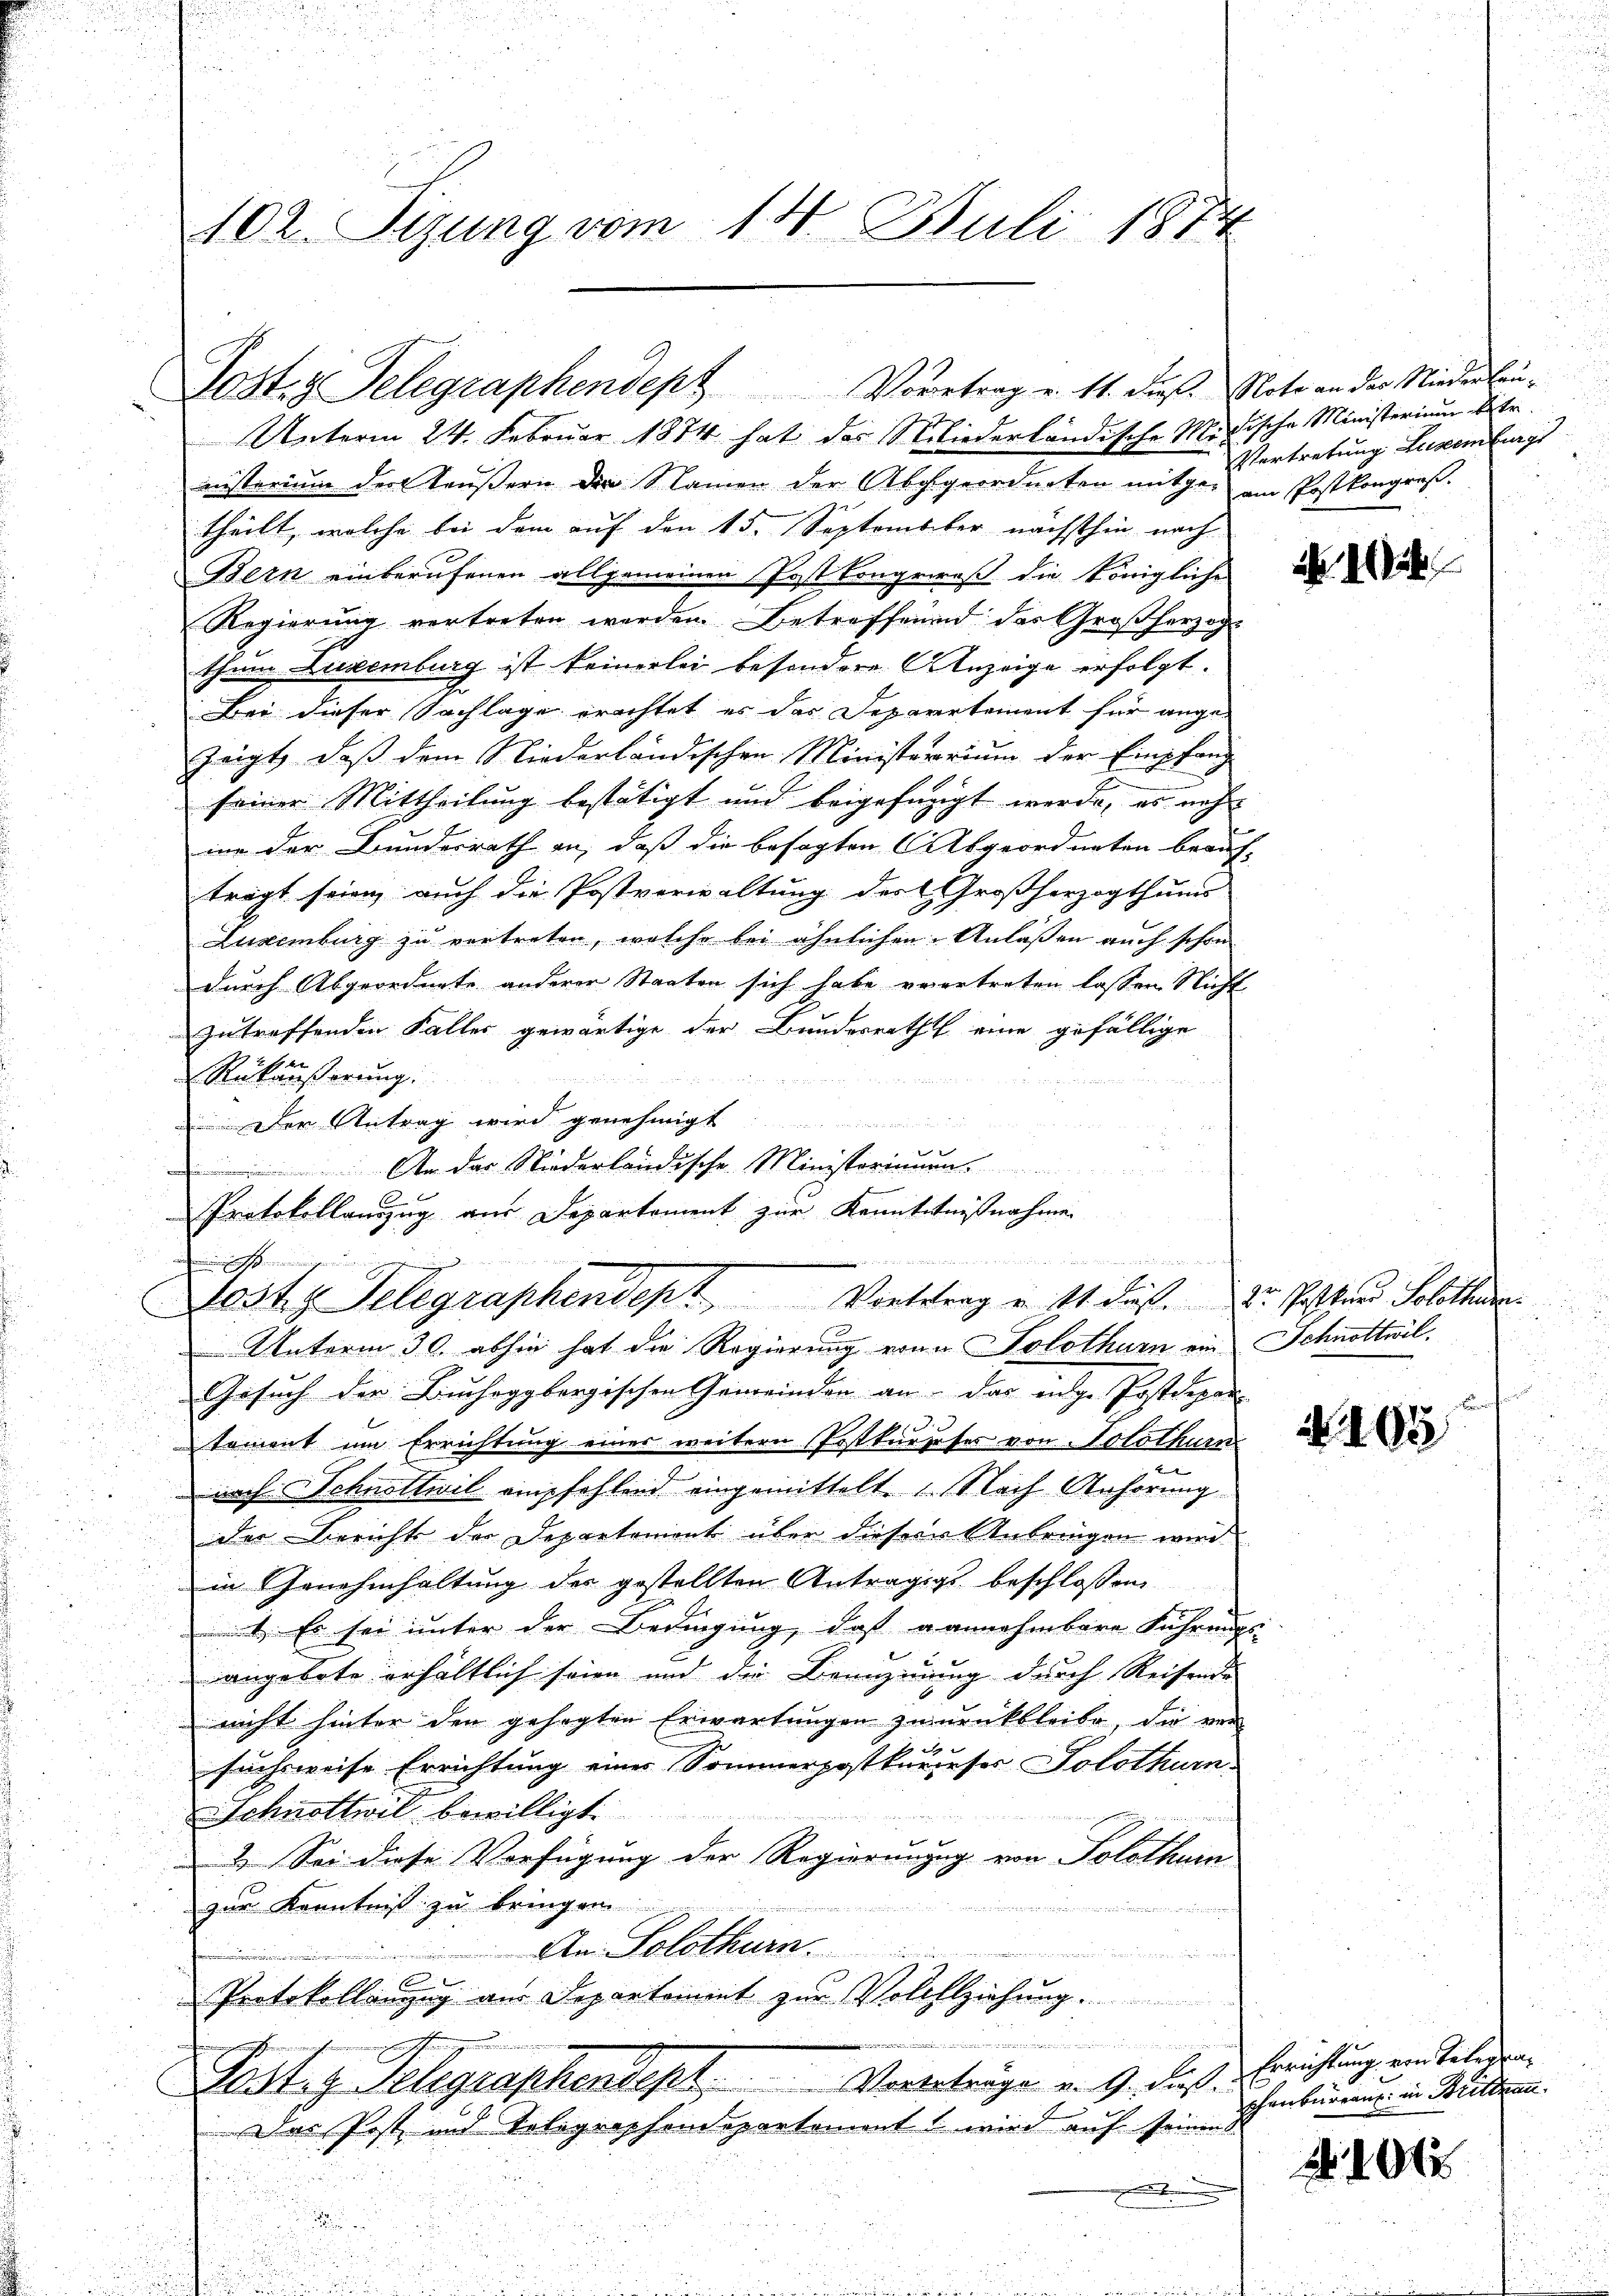
102. Sizung vom 14. Juli 1874

Unterm 24. Februar 1874 hat des Sliederländische Minische Ministerium betr.
nisterium der Käußern die Namen der Abgeordneten mitgen am Postkongreß.
theilt, welche bei dem auf den 15. September nächsthin nach
Bern einberufenen allgemeinen Post Kongreß die Königliche
Regierung vertreten werden. Betreffend des Großherzog
thum Luxenburg ist keinerlei besondere Anzeige erfolgt.
Bei dieser Sachlage erachtet es das Departement für angezeigt, daß dem Niederländischen Ministerorium der Empfang
seiner Mittheilung bestätigt und beigefügigt werde, es nach
ion der Bundesrath an, daß die besagten Abgeordneten beaufträgt seien, auch die Postverwaltung des Großherzogthums
Luxenburg zu vertreten, welche bei ähnlichen Anlaßen auch schon
durch Abgeordnete anderer Staaten sich habe verertreten lassen Nicht
zutreffenden Faller gewärtige der Bundesrath eine gefällige
Rükäußerung.

Der Antrag wird genehmigt

e
An das Niederländische Ministeriumm.
Protokollauszug aus Departement zur Kenntntnißnahme
g
Jost Telegraphendept Vortreng u. 11. dies Dr. Pestand Solothur
Unterm 30. abhin hat die Regierung von Solothurn ein Schnottwil
Gesuch der Bucheggbergischen Gemeinden an das eige Postdepar¬
Die
tement um Errichtung einer weitern Postkurzeser von Solothurn
nach Schnottwil empfehlend eingemittelt. Nach Anhörung
der Bericht der Departement über dieserer Anbringen wird.
in Genehmhaltung des gestellten Antragigs beschlossen
1. Es sei unter der Bedingung, daß gannehmbare Führungs-
angebote erhältlich seien und die Benehmung durch Reisende
nicht hinter den gesagten Erwartungen zurückbleibe, die ver
suchsweise Errichtung eines Sommerpostkurieser Solothurn.
Schnottwil bewilligt.
1. Sei diese Verfügung der Regierungg von Solothur
zur Kenntniß zu bringen.
inde einen in eine
e
An Solothurn.
.

x
Protokollenzzug aus Departement zur Vollziehung.
nei ein einer in einen
Justig Gelegraphendept, Vorträgen v. 9. diese Berichtung und des
Das Post und Telegraphendepartement wird auf seinen
d
.

Dostiz Telegraphendept Vortrag u. 11. dieß. Note an der Niederlau¬

Vertretung Luxenburg

105

phenbureau in Brittnau

106.